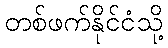
တစ်ဖက်နိုင်ငံသို့